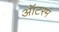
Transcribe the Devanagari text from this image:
ऑटरम